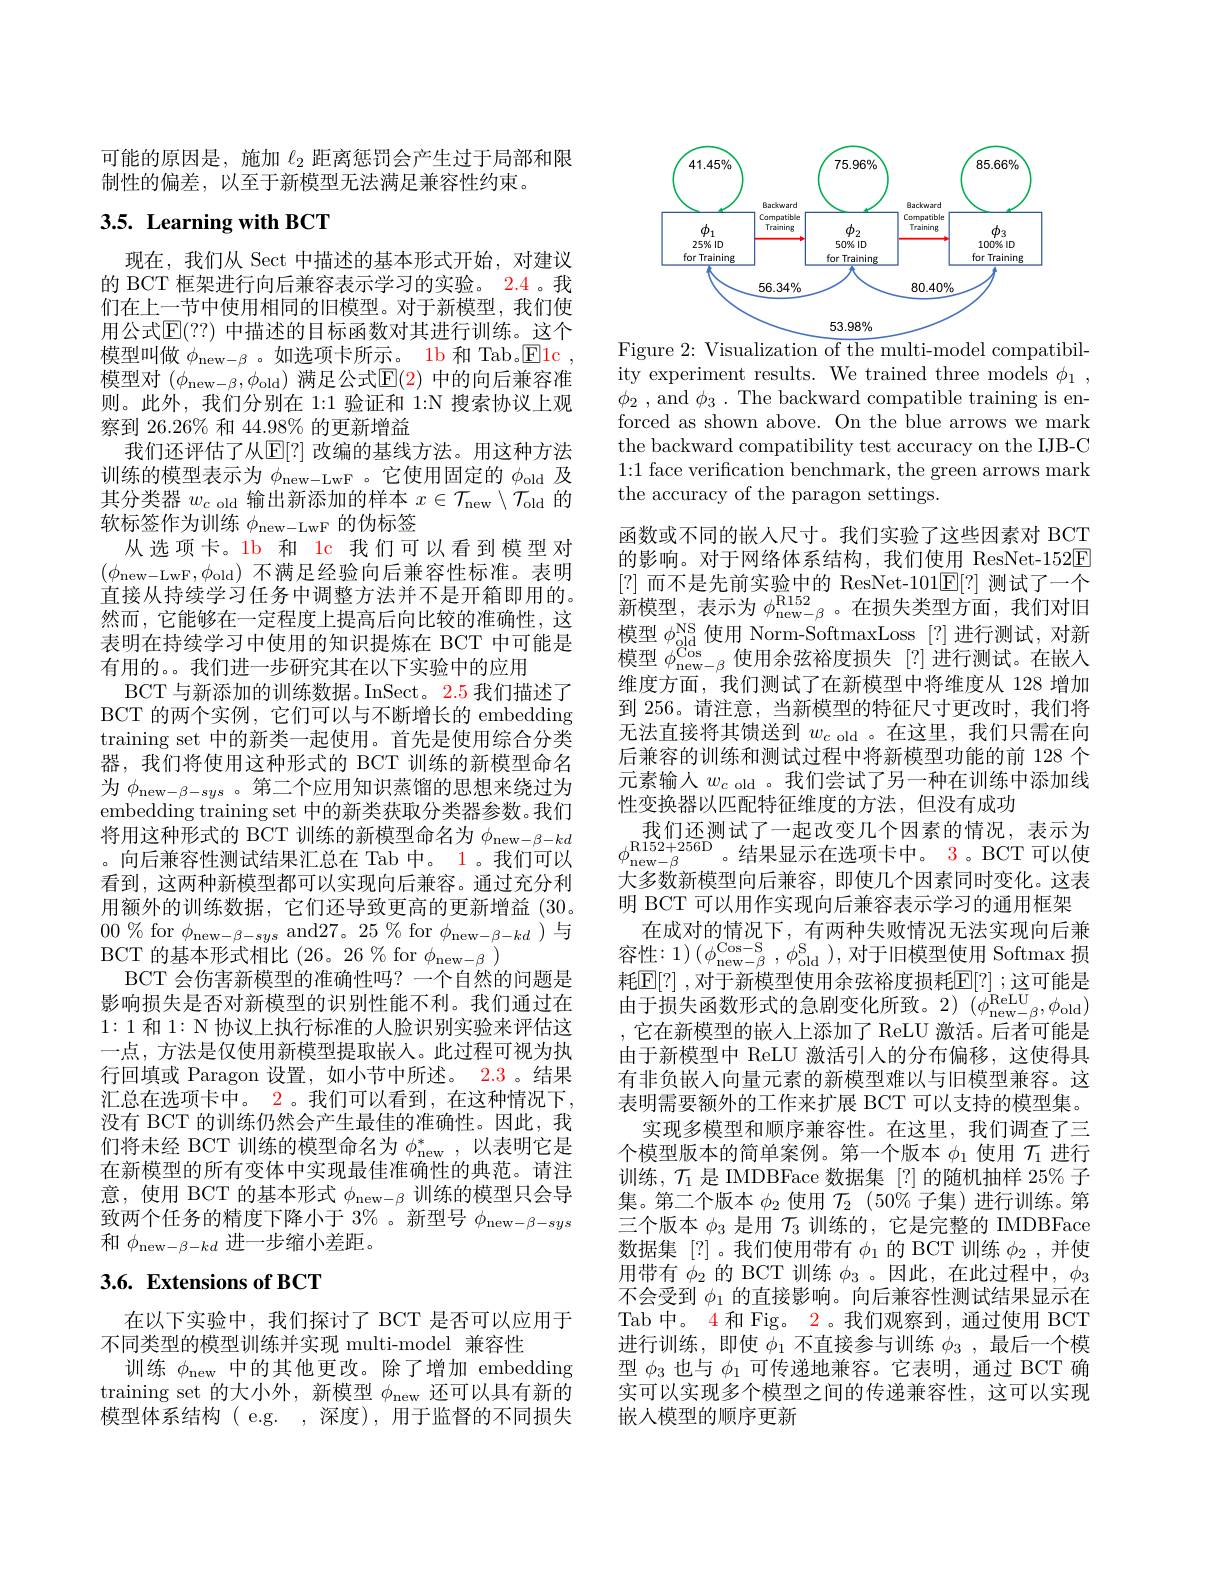
可能的原因是，施加$\ell_{2}$距离惩罚会产生过于局部和限
制性的偏差，以至于新模型无法满足兼容性约束。

# 3.5. Learning with BCT

现在，我们从 Sect 中描述的基本形式开始，对建议的 BCT 框架进行向后兼容表示学习的实验。2.4。我们在上一节中使用相同的旧模型。对于新模型，我们使用公式$\mathbb{E}(??)$ 中描述的目标函数对其进行训练。这个模型叫做$\phi_\mathrm{new-\beta}$ 。如选项卡所示。1b 和 Tab。$\underline{\mathrm{Elc}}$, 模型对$(\phi_\mathrm{new-\beta},\phi_\mathrm{old})$满足公式$\mathbb{E}(2)$中的向后兼容准则。此外，我们分别在 1:1 验证和 1:N 搜索协议上观察到 26.26% 和 44.98% 的更新增益
我们还评估了从$\mathbb{E}[?]$ 改编的基线方法。用这种方法训练的模型表示为$\phi_\mathrm{new-LwF}$ 。它使用固定的$\phi_\mathrm{old}$及其分类器$w_c$ old 输出新添加的样本$x\in\mathcal{T}_\mathrm{new}\setminus\mathcal{T}_\mathrm{old}$的软标签作为训练$\phi_\mathrm{new-LwF}$的伪标签
从选项卡。1b 和 1c 我们可以看到模型对$(\phi_{\mathrm{new-LwF}},\phi_{\mathrm{old}})$不满足经验向后兼容性标准。表明直接从持续学习任务中调整方法并不是开箱即用的。然而，它能够在一定程度上提高后向比较的准确性，这表明在持续学习中使用的知识提炼在 BCT 中可能是有用的。。我们进一步研究其在以下实验中的应用
BCT 与新添加的训练数据。InSect。2.5 我们描述了BCT 的两个实例，它们可以与不断增长的 embedding training set 中的新类一起使用。首先是使用综合分类器，我们将使用这种形式的 BCT 训练的新模型命名为$\phi_{\mathrm{new-\beta-sys}}$。第二个应用知识蒸馏的思想来绕过为embedding training set 中的新类获取分类器参数。我们将用这种形式的 BCT 训练的新模型命名为$\phi_\mathrm{new-\beta-kd}$ 。向后兼容性测试结果汇总在 Tab 中。1。我们可以看到，这两种新模型都可以实现向后兼容。通过充分利用额外的训练数据，它们还导致更高的更新增益(30。$00\%$ for $\phi_\mathrm{new-\beta-sys}$ and$27。25\%$ for $\phi_\mathrm{new-\beta-kd}$ )与BCT 的基本形式相比 (26。26% for $\phi_\mathrm{new-\beta}$ )
BCT 会伤害新模型的准确性吗？一个自然的问题是影响损失是否对新模型的识别性能不利。我们通过在1:1和 1: N 协议上执行标准的人脸识别实验来评估这一点，方法是仅使用新模型提取嵌入。此过程可视为执行回填或 Paragon 设置，如小节中所述。2.3 。结果汇总在选项卡中。2。我们可以看到，在这种情况下， 没有 BCT 的训练仍然会产生最佳的准确性。因此，我们将未经 BCT 训练的模型命名为$\phi_\mathrm{new}^*$,以表明它是在新模型的所有变体中实现最佳准确性的典范。请注意，使用 BCT 的基本形式$\phi_\mathrm{new-\beta}$训练的模型只会导致两个任务的精度下降小于 3% 。新型号$\phi_\mathrm{new-\beta-sys}$ 和$\phi_\mathrm{new-\beta-kd}$进一步缩小差距。
3.6. Extensions of BCT

在以下实验中，我们探讨了 BCT 是否可以应用于
不同类型的模型训练并实现 multi-model 兼容性
训练$\phi_\mathrm{new}$中的其他更改。除了增加 embedding training set 的大小外，新模型$\phi_\mathrm{new}$还可以具有新的模型体系结构( e.g. ,深度),用于监督的不同损失

<FigureHere>
Figure 2: Visualization of the multi-model compatibil-

ity experiment results. We trained three models $\phi _1$ , $\phi _{2}$ , and $\phi _3$ . The backward compatible training is enforced as shown above. On the blue arrows we mark the backward compatibility test accuracy on the IJB-C 1{:}1 face verification benchmark, the green arrows mark the accuracy of the paragon settings.
函数或不同的嵌人尺寸。我们实验了这些因素对 BCT 的影响。对于网络体系结构，我们使用 ResNet-152$\boxed{\mathrm{F}}$ [?]而不是先前实验中的 ResNet-101$\underline{\mathrm{E}}[?]$测试了一个新模型，表示为$\phi_\mathrm{new-\beta}^{\mathrm{R152}}$。在损失类型方面，我们对旧措到 NS 传田 NG G G G $^{[2]}$ 模型$\phi_{\mathrm{old}}^{\mathrm{NS}}$使用 Norm-SoftmaxLoss [?]进行测试，对新模型$\phi_\mathrm{new-\beta}^{\mathrm{Cos}}$使用余弦裕度损失[?]进行测试。在嵌入维度方面，我们测试了在新模型中将维度从 128 增加到 256。请注意，当新模型的特征尺寸更改时，我们将无法直接将其馈送到$w_c$ old 。在这里，我们只需在向后兼容的训练和测试过程中将新模型功能的前 128 个元素输人$w_c$ old 。我们尝试了另一种在训练中添加线性变换器以匹配特征维度的方法，但没有成功
我 们 还 测 试 了 一 起 改 变 几 个 因 素 的 情 况 , 表 示 为 $\phi_{\mathrm{new-\beta}}^{\mathrm{R152+256D}}。\text{结果显示在选项卡中。}^{\mathrm{R152+256D}}\text{。结果显示在选项卡中。}^{\mathrm{3.3.BCT~可以使}}$ +多 数 率 措 刑 向 后 垂 容 即 估 口 众 甲 麦 同 时 亦 化 这 丰大多数新模型向后兼容，即使几个因素同时变化。这表明 BCT 可以用作实现向后兼容表示学习的通用框架
在成对的情况下，有两种失败情况无法实现向后兼容性$:1)\left(\phi_{\mathrm{new-\beta}}^{\mathrm{Cos-S}},\phi_{\mathrm{old}}^{\mathrm{S}}\right)$,对于旧模型使用 Softmax 损耗 E[ ? ] , 对 于 新 模 型 使 用 余 弦 裕 度 损 耗 [ F] ? ] ; 这 可 能 是 $\text{由于损失函数形式的急剧变化所致。2)(}_{\mathrm{new-\beta}}^{\mathrm{ReLU}},\phi_{\mathrm{old}})$ ,它在新模型的嵌人上添加了 ReLU 激活。后者可能是由于新模型中 ReLU 激活引人的分布偏移，这使得具有非负嵌人向量元素的新模型难以与旧模型兼容。这表明需要额外的工作来扩展 BCT 可以支持的模型集。
实现多模型和顺序兼容性。在这里，我们调查了三个模型版本的简单案例。第一个版本$\phi_1$使用$\mathcal{T}_1$进行训练，$\mathcal{T}_1$是 IMDBFace 数据集 [?] 的随机抽样 25% 子集。第二个版本$\phi_{2}$使用$\mathcal{T}_{2}$ (50% 子集)进行训练。第三个版本$\phi_3$是用$\mathcal{T}_3$训练的，它是完整的 IMDBFace 数据集[?]。我们使用带有$\phi_1$的 BCT 训练$\phi_2$,并使用带有$\phi_2$的 BCT 训练$\phi_3$ 。因此，在此过程中，$\phi_3$ 不会受到$\phi_{1}$的直接影响。向后兼容性测试结果显示在Tab 中。4 和 Fig。2。我们观察到，通过使用 BCT 进行训练，即使$\phi_1$不直接参与训练$\phi_3$,最后一个模型$\phi_{3}$也与$\phi_1$可传递地兼容。它表明，通过 BCT 确实可以实现多个模型之间的传递兼容性，这可以实现嵌人模型的顺序更新